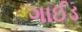
ગાઈડ